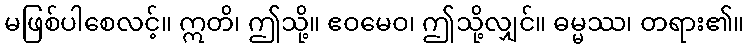
မဖြစ်ပါစေလင့်။ ဣတိ၊ ဤသို့။ ဧဝမေဝ၊ ဤသို့လျှင်။ ဓမ္မဿ၊ တရား၏။